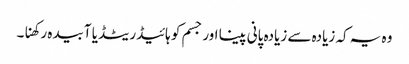
وہ یہ کہ زیادہ سے زیادہ پانی پینا اور جسم کو ہائیڈریٹڈ یا آبیدہ رکھنا۔